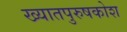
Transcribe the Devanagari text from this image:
ख्यातपुरुषकोश